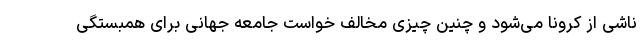
ناشی از کرونا می‌شود و چنین چیزی مخالف خواست جامعه جهانی برای همبستگی